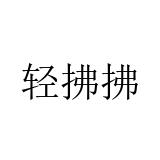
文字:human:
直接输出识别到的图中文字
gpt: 轻拂拂